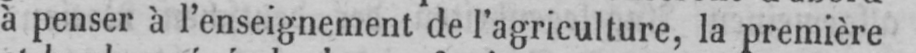
à penser à l’enseignement de l’agriculture, la première